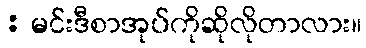
: မင်းဒီစာအုပ်ကိုဆိုလိုတာလား။